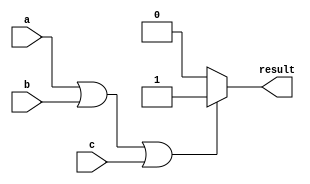
module OR_gate (
    input wire a,
    input wire b,
    input wire c,
    output reg result
);

always @ (*) begin
    if (a || b || c) begin
        result = 1'b1;
    end else begin
        result = 1'b0;
    end
end

endmodule